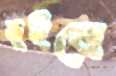
নুইবে